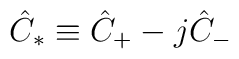
\hat{C}_{\ast} \equiv \hat{C}_+ - j \hat{C}_-